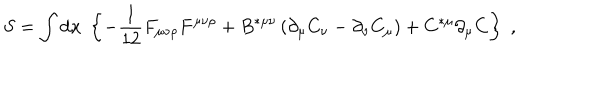
LaTeX: S = \int \mathrm { d } x \; \left\{ - \frac { 1 } { 1 2 } F _ { \mu \nu \rho } F ^ { \mu \nu \rho } + B ^ { * \mu \nu } \left( \partial _ { \mu } C _ { \nu } - \partial _ { \nu } C _ { \mu } \right) + C ^ { * \mu } \partial _ { \mu } C \right\} \; ,